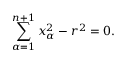
\sum _ { \alpha = 1 } ^ { n + 1 } x _ { \alpha } ^ { 2 } - r ^ { 2 } = 0 .